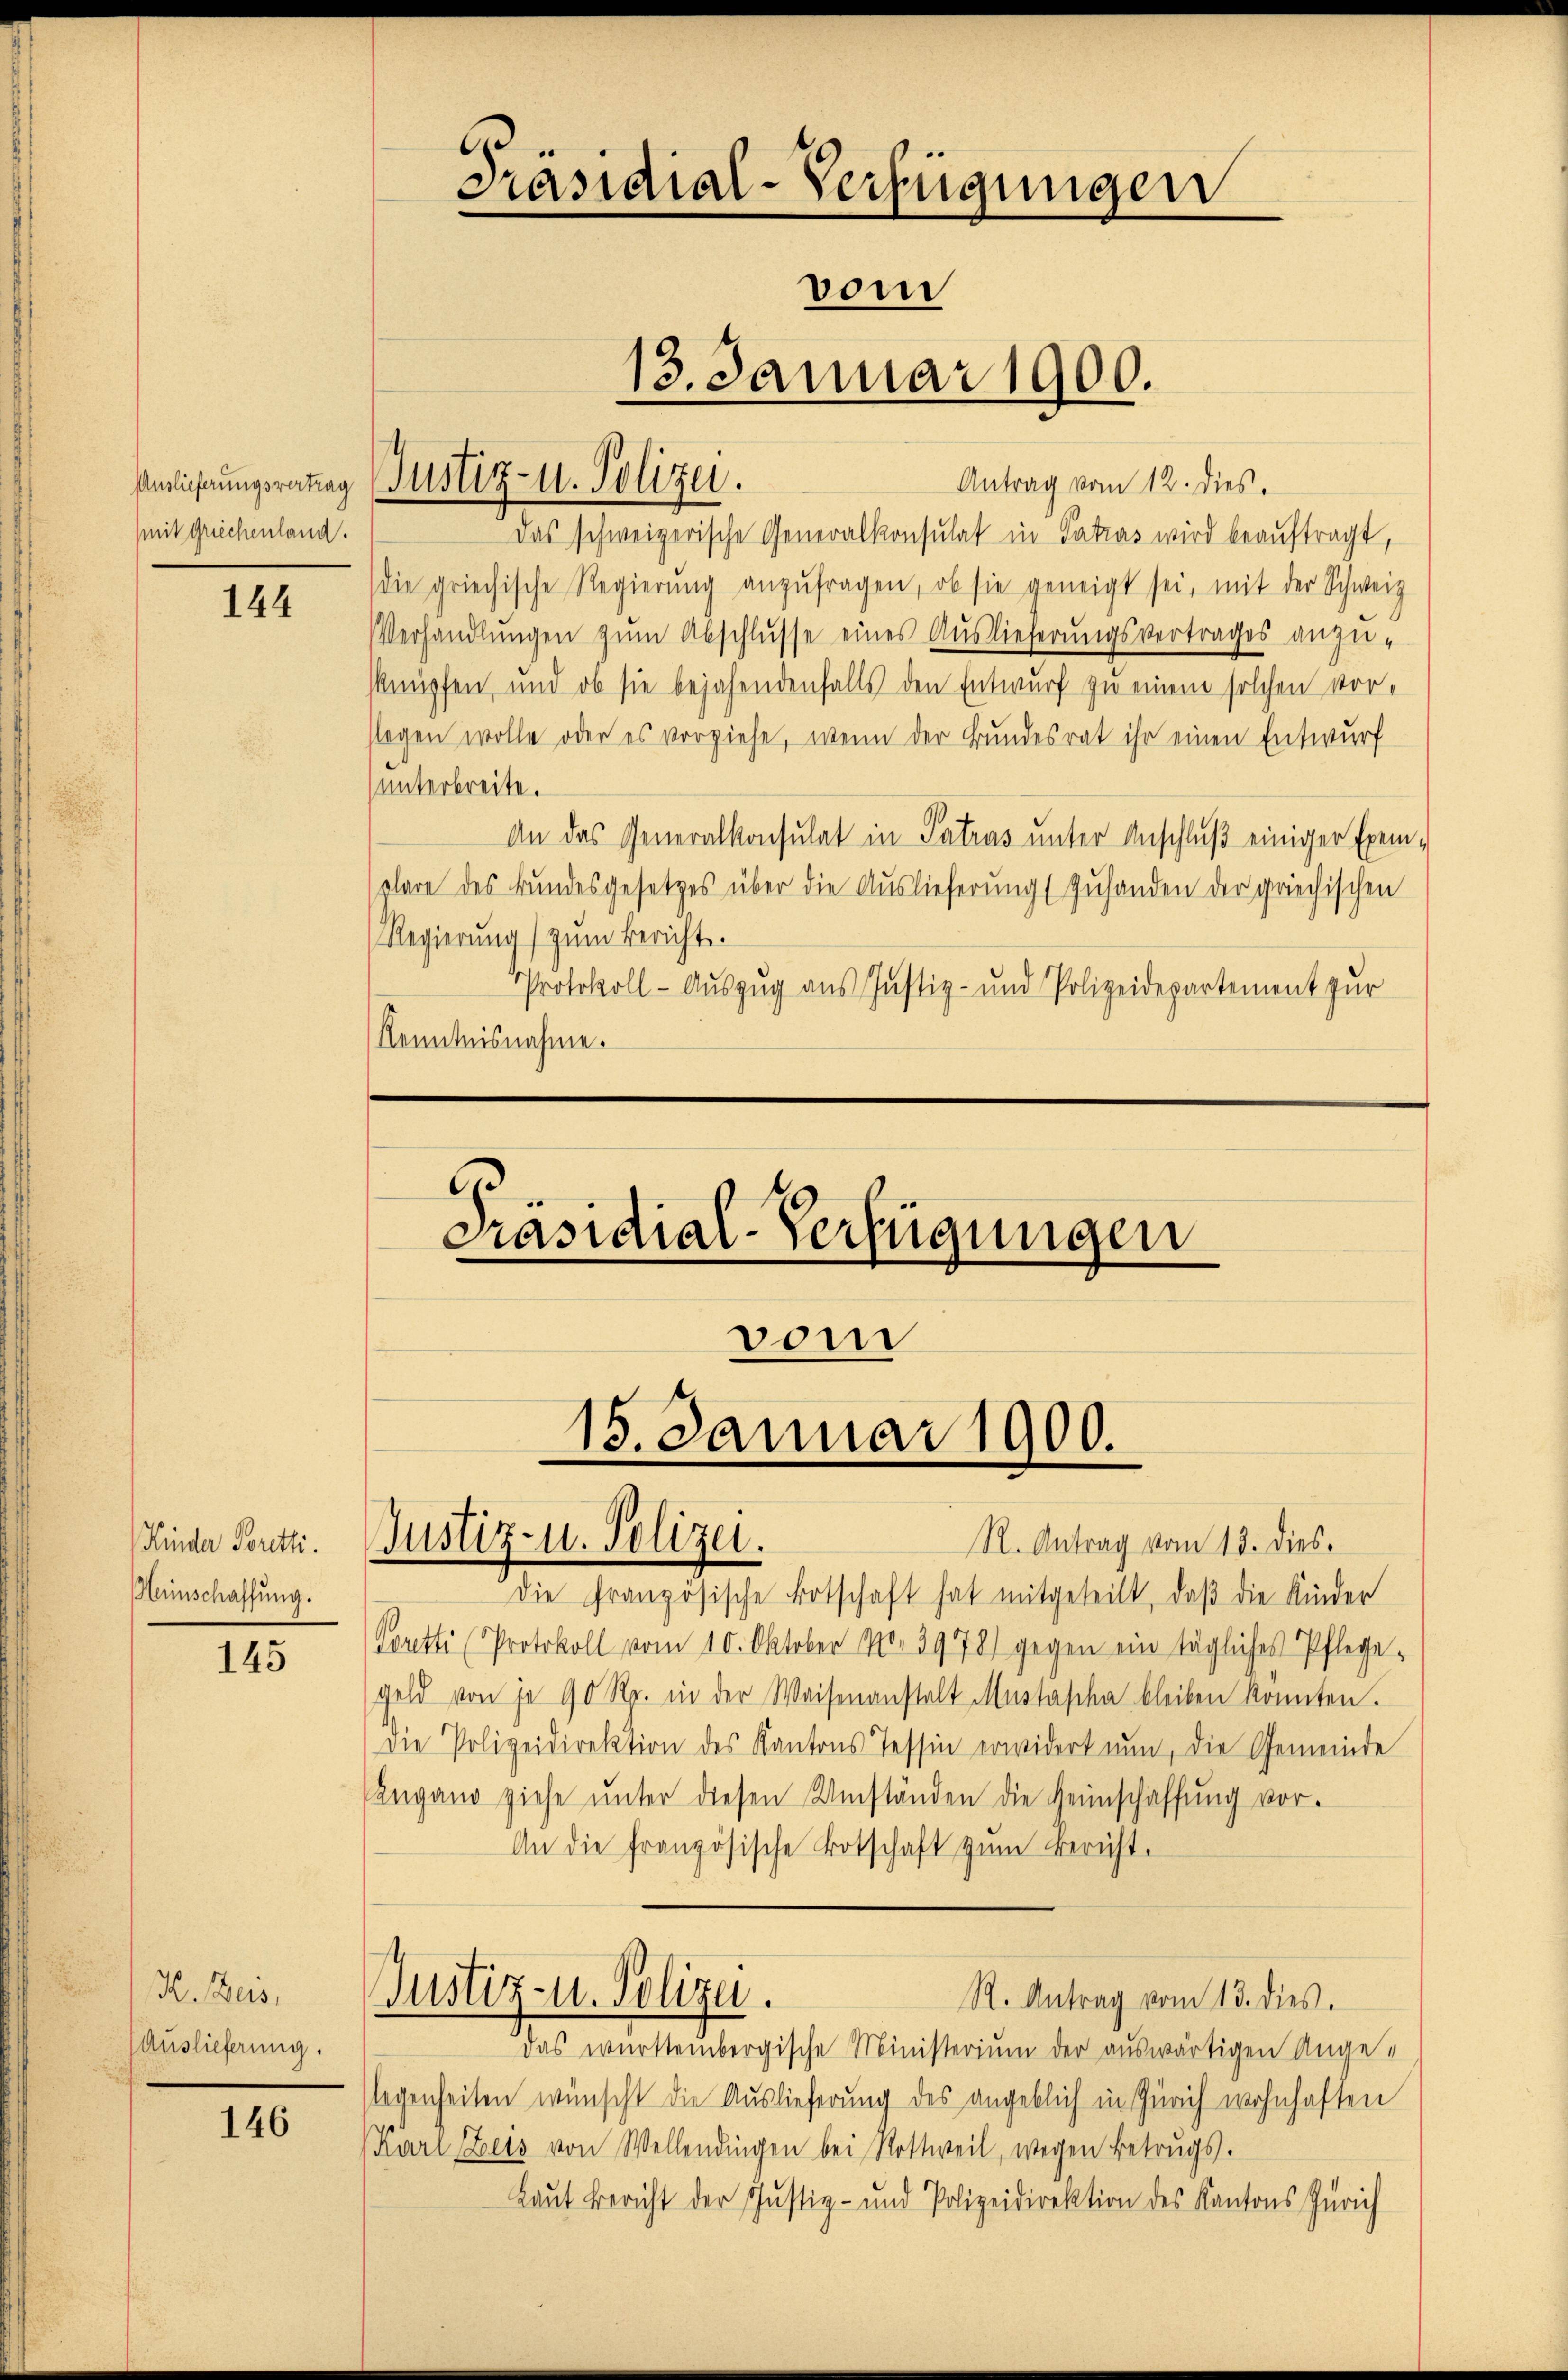
mit Griechenland.

144

Kinder Soretti.
Hunschaffung.

145

H. Zus
Auslieferung.

146

Antrag vom 12. dies.
Das schweizerische Generalkonsulat in Patras wird beauftragt,
die griechische Regierŭng anzŭfragen, ob sie geneigt sei, mit der Schweiz
Verhandlungen zum Abschlusse eines Auslieferungsvertrages anzu-
knüpfen, und ob sie bejahendenfalls den Entwurf zu einem solchen vorsegen wolle oder es vorziehe, wenn der Bundesrat ihr einen Entwurf
unterbreite.
An das Generalkonsulat in Patras unter Anschluß einiger Exem-
plare des Bundesgesetzes über die Auslieferung (zuhanden der griechischen
Regierŭng zŭm Bericht.
Protokoll - Auszug aus Justiz- und Polizeidepartement zur
Kenntnisnahme.

Amlichungsratag (Justiz- u. Polizei.

Präsidial-Verfügungen
vom
13. Januar 1900.

vom
15. Januar 1900.

Präsidial-Verfügungen

Justiz- u. Polizei.

R. Antrag vom 13. dies.
die französische Botschaft hat mitgeteilt, daß die Kinder
Loretti Protokoll vom 10. Oktober 170. 3978) gegen ein tägliches Pflege-
Geld von je 90 Rp. in der Waisenanstalt Mustascha bleiben konnten.
die Polizeidirektion des Kantons Tessin erwidert nun, die Gemeinde
Ingang ziehe ŭnter diesen Umständen die Heimschaffung vor-
An die französische Botschaft zum Bericht.
Justiz- u. Polizei.
R. Antrag vom 13. dies.
das württembergische Ministerium der auswärtigen Angelegenheiten wünscht die Auslieferung des angeblich in Zürich wohnhaften
(Karl EZeis von Wellendingen bei Rottweil, wegen Betrugs.
Laut Bericht der Justiz- und Polizeidirektion des Kantons Zürich